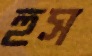
হুস